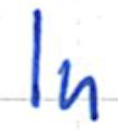
Text: In
Cross-out: clean
Writing tool: ballpoint